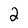
Character: 2